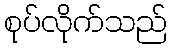
စုပ်လိုက်သည်